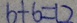
6 + 6 = 1 2